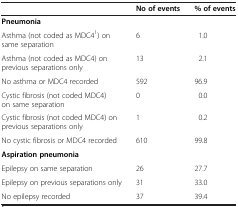
<table><thead><tr><td><b> </b></td><td><b>No of events</b></td><td><b>% of events</b></td></tr></thead><tbody><tr><td><b>Pneumonia</b></td><td> </td><td> </td></tr><tr><td>Asthma (not coded as MDC4<sup>1</sup>) on same separation</td><td>6</td><td>1.0</td></tr><tr><td>Asthma (not coded as MDC4) on previous separations only</td><td>13</td><td>2.1</td></tr><tr><td>No asthma or MDC4 recorded</td><td>592</td><td>96.9</td></tr><tr><td>Cystic fibrosis (not coded MDC4) on same separation</td><td>0</td><td>0.0</td></tr><tr><td>Cystic fibrosis (not coded MDC4) on previous separations only</td><td>1</td><td>0.2</td></tr><tr><td>No cystic fibrosis or MDC4 recorded</td><td>610</td><td>99.8</td></tr><tr><td><b>Aspiration pneumonia</b></td><td> </td><td> </td></tr><tr><td>Epilepsy on same separation</td><td>26</td><td>27.7</td></tr><tr><td>Epilepsy on previous separations only</td><td>31</td><td>33.0</td></tr><tr><td>No epilepsy recorded</td><td>37</td><td>39.4</td></tr></tbody></table>